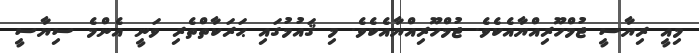
މިއީ ރިޔާސީ ޖުމްހޫރިއްޔާއެކެވެ. ޖުމްހޫރިއްޔާއެކެވެ. މި ޤައުމުގައި ޙަރަކާތްތެރި ވަނީ އެންމެ ސިޔާސީ